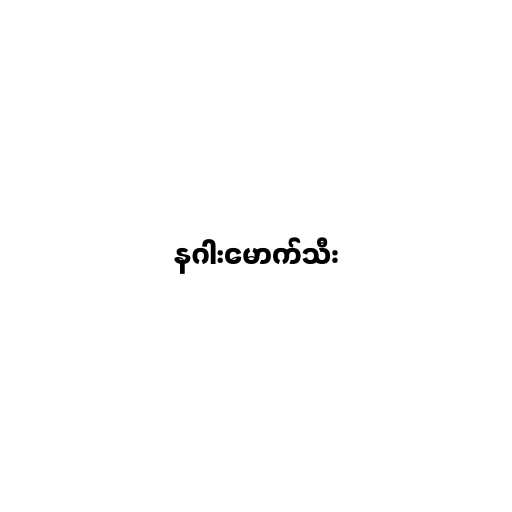
နဂါးမောက်သီး